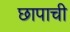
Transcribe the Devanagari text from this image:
छापाची